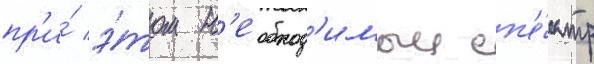
пр'и́ э́том н'еобход'имыи сп'е́ктр